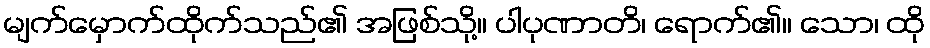
မျက်မှောက်ထိုက်သည်၏ အဖြစ်သို့။ ပါပုဏာတိ၊ ရောက်၏။ သော၊ ထို